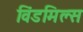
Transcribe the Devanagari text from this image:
विंडमिल्स